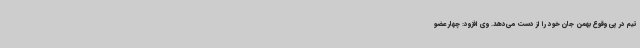
تیم در پی وقوع بهمن جان خود را از دست می‌دهد. وی افزود: چهار عضو